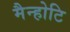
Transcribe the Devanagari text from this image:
मैन्होटि